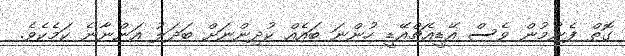
ގޮތް ފެނުމުން ވެސް އޭޑީއެޗްއޭޑީ ހުންނަ ބައެއް ކުދިންނަށް ބަދަލު އަންނާނެ ކަމެކެވެ.